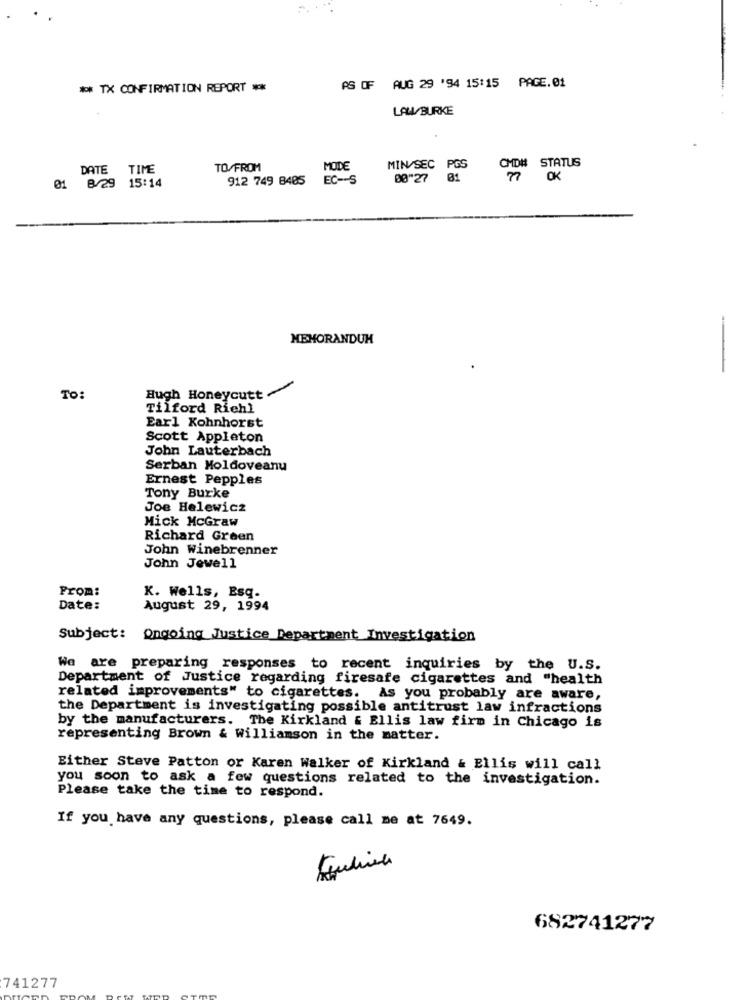
** TX CONFIRMATION REPORT **
AS OF AUG 29 '94 15:15 PAGE.01
LAW/BURKE
CMD# STATUS
DATE TIME
TO/FROM
MODE
MIN/SEC PGS
912 749 8405
EC -- S
00"27 01
OK
01 8/29 15:14
MEMORANDUM
-
Hugh Honeycutt
TO:
Tilford Riehl
Earl Kohnhorst
Scott Appleton
John Lauterbach
Serban Moldoveanu
Ernest Pepples
Tony Burke
Joe Helewicz
Mick McGraw
Richard Green
John Winebrenner
John Jewell
Prom:
K. Wells, Esq.
Date:
August 29, 1994
Subject: Ongoing Justice Department Investigation
We are preparing responses to recent inquiries by the U.S.
Department of Justice regarding firesafe cigarettes and "health
related improvements" to cigarettes. As you probably are aware,
the Department is investigating possible antitrust law infractions
by the manufacturers. The Kirkland & Ellis law firm in Chicago is
representing Brown & Williamson in the matter.
Either Steve Patton or Karen Walker of Kirkland & Ellis will call
you soon to ask a few questions related to the investigation.
Please take the time to respond.
If you have any questions, please call me at 7649.
682741277
741277